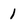
Character: 1